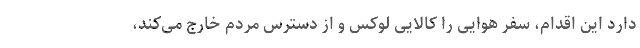
دارد این اقدام، سفر هوایی را کالایی لوکس و از دسترس مردم خارج می‌کند،